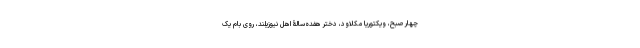
چهار صبح، ویکتوریا مکلاود، دختر هفده‌سالۀ اهل نیوزیلند، روی بام یک